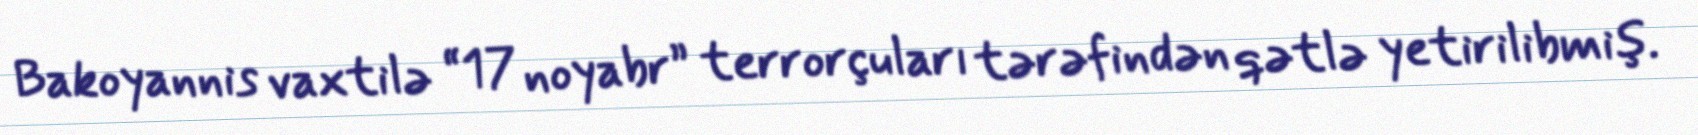
Bakoyannis vaxtilə “17 noyabr” terrorçuları tərəfindən qətlə yetirilibmiş.